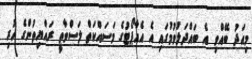
މިއަދު ބޭއްވި އެ ބައްދަލުވުމުގައި އެ އެއާޕޯޓުގެ މަސައްކަތް ލަސްވާތީ ރައްޔިތުންގެ ހުރި